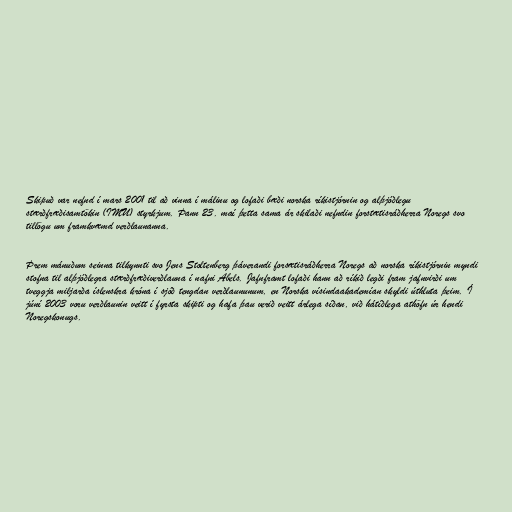
Skipuð var nefnd í mars 2001 til að vinna í málinu og lofaði bæði norska ríkistjórnin og alþjóðlegu
stærðfræðisamtökin (IMU) styrkjum. Þann 23. maí þetta sama ár skilaði nefndin forstætisráðherra Noregs svo
tillögu um framkvæmd verðlaunanna.

Þrem mánuðum seinna tilkynnti svo Jens Stoltenberg þáverandi forsætisráðherra Noregs að norska ríkistjórnin myndi
stofna til alþjóðlegra stærðfræðiverðlauna í nafni Abels. Jafnframt lofaði hann að ríkið legði fram jafnvirði um
tveggja miljarða íslenskra króna í sjóð tengdan verðlaununum, en Norska vísindaakademían skyldi úthluta þeim. Í
júní 2003 voru verðlaunin veitt í fyrsta skipti og hafa þau verið veitt árlega síðan, við hátíðlega athöfn úr hendi
Noregskonugs.